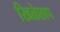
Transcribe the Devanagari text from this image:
खिळेछाप